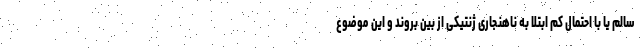
سالم یا با احتمال کم ابتلا به ناهنجاری ژنتیکی از بین بروند و این موضوع